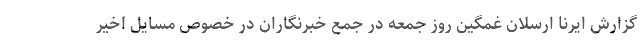
گزارش ایرنا ارسلان غمگین روز جمعه در جمع خبرنگاران در خصوص مسایل اخیر